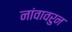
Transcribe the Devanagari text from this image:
नांवावरुन